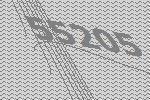
55205